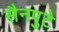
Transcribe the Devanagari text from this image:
सैनपुटे